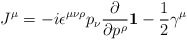
\begin{align*}J^\mu=-i\epsilon^{\mu\nu\rho}p_\nu{\partial\over \partial p^\rho}{\bf 1}-\frac{1}{2}\gamma^\mu\end{align*}